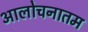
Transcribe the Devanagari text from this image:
आलोचनातम